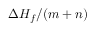
\Delta H _ { f } / ( m + n )